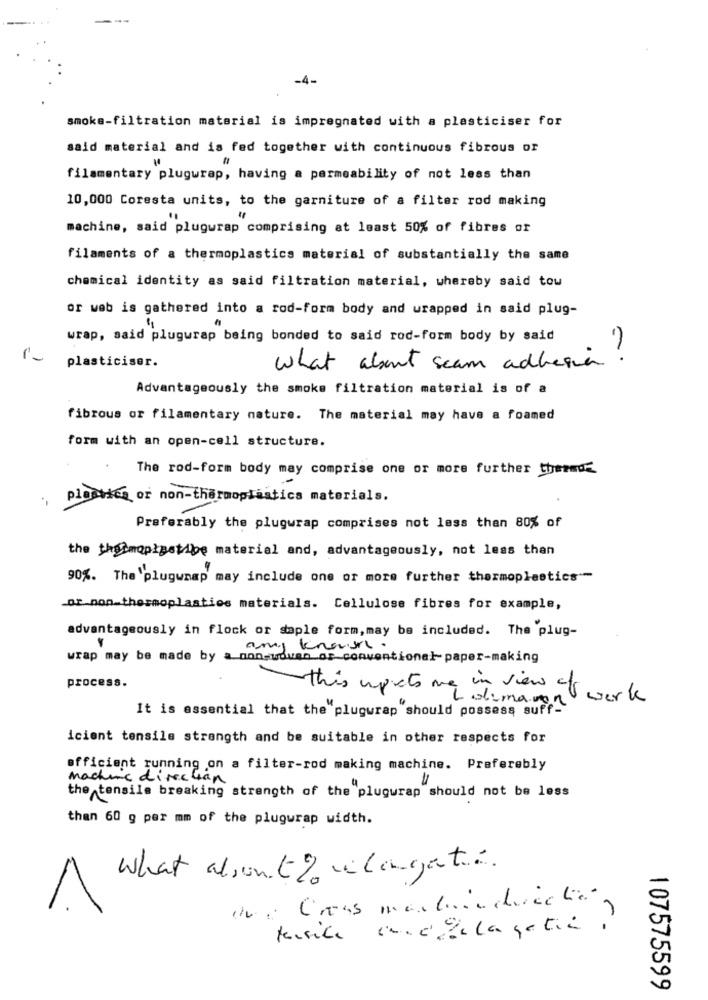
smoke-filtration material is impregnated with a plasticiser for
said material and is fed together with continuous fibrous or
filamentary plugwrap, having a permeability of not less than
10,000 Coresta units, to the garniture of a filter rod making
machine, said plugwrap comprising at least 50% of fibres or
filaments of a thermoplastics material of substantially the same
chemical identity as said filtration material, whereby said tow
or web is gathered into a rod-form body and wrapped in said plug-
wrap, said plugwrap being bonded to said rod-form body by said
plasticiser.
what about seam adhesion?
Advantageously the smoke filtration material is of a
fibrous or filamentary nature. The material may have a foamed
form with an open-cell structure.
The rod-form body may comprise one or more further themme
pleaties or non-thermoplastics materials.
Preferably the plugwrap comprises not less than 80% of
the the maprestribe material and, advantageously, not less than
90%. The 'plugwnap may include one or more further thermoplastics"-
or non-thermoplastics materials. Cellulose fibres for example,
advantageously in flock or saple form, may be included. The plug-
amy known .
wrap may be made by a non-woven or conventional-paper-making
process.
this up to me in view of work
idimanon
It is essential that the plugwrap should possess suff-
icient tensile strength and be suitable in other respects for
efficient running on a filter-rod making machine. Preferably
machine direction
the tensile breaking strength of the plugwrap should not be less
than 60 g per mm of the plugwrap width.
What alsouto changent?
1
Un : Creas martinin cuice La
107575599